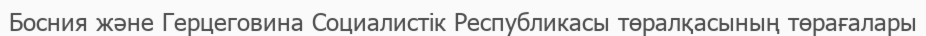
Босния және Герцеговина Социалистік Республикасы төралқасының төрағалары